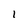
Character: l